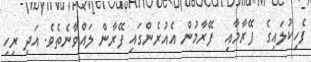
ފެހިކުލައިގެ  ފޭރާމާއި  ފޭރާމުން އެއުރެންގައި ފޭރާން ލައްވާނެތެވެ. އަދި ރިހި